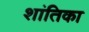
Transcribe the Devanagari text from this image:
शांतिका